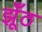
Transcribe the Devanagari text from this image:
झूँठ